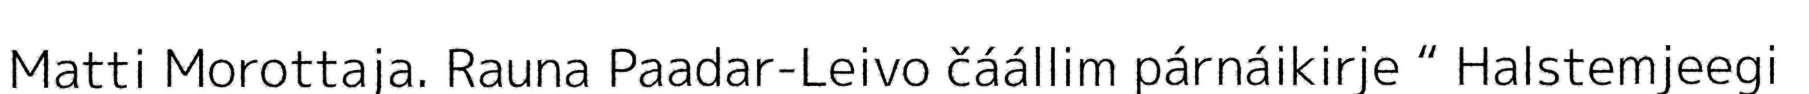
Matti Morottaja. Rauna Paadar-Leivo čáállim párnáikirje “ Halstemjeegi